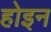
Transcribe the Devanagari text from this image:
होइन